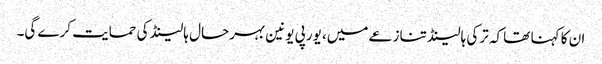
ان کا کہنا تھا کہ ترکی ہالینڈ تنازعے میں، یورپی یونین بہرحال ہالینڈ کی حمایت کرے گی۔